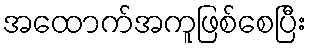
အထောက်အကူဖြစ်စေပြီး